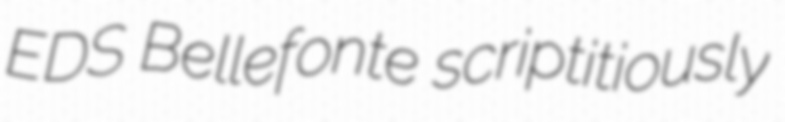
EDS Bellefonte scriptitiously